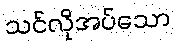
သင်လိုအပ်သော